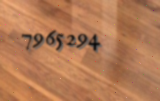
7965294